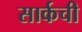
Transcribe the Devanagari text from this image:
सार्कची